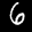
Label: 6